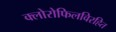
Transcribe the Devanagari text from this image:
क्लोरोफिलविरहित